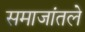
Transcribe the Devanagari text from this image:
समाजांतले